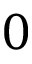
0